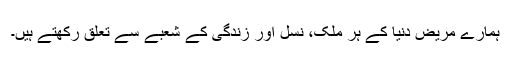
ہمارے مریض دنیا کے ہر ملک، نسل اور زندگی کے شعبے سے تعلق رکھتے ہیں۔